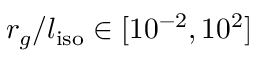
r _ { g } / l _ { \mathrm { i s o } } \in [ 1 0 ^ { - 2 } , 1 0 ^ { 2 } ]